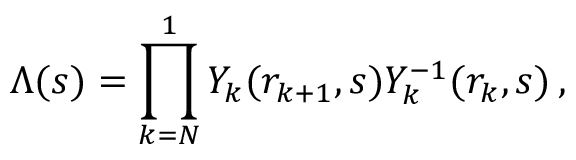
\Lambda ( s ) = \prod _ { k = N } ^ { 1 } Y _ { k } ( r _ { k + 1 } , s ) Y _ { k } ^ { - 1 } ( r _ { k } , s ) \, ,